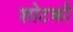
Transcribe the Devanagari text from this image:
शोटकी